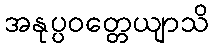
အနုပ္ပဝတ္တေယျာသိ